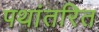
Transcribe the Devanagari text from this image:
पथांतरित